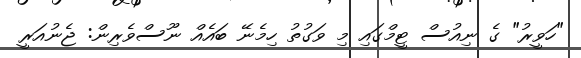
"ހަވީރު" ގެ ނިއުސް ޓީމްގައި މި ވަގުތު ހިމެނޭ ބައެއް ނޫސްވެރިން: ޖެނުއަރީ